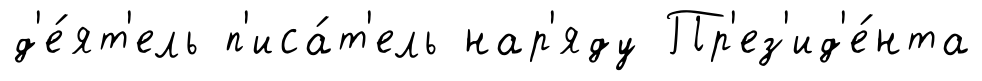
д'е́ят'ель п'иса́т'ель нар'яду Пр'ез'ид'е́нта